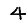
Digit: 4